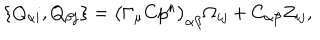
\{ Q _ { \alpha i } , Q _ { \beta j } \} = \bigl ( \Gamma _ { \mu } C p ^ { \mu } \bigr ) _ { \alpha \beta } \Omega _ { i j } + C _ { \alpha \beta } Z _ { i j } ,